Annual report of the Prince of Wales Medical College, Patna
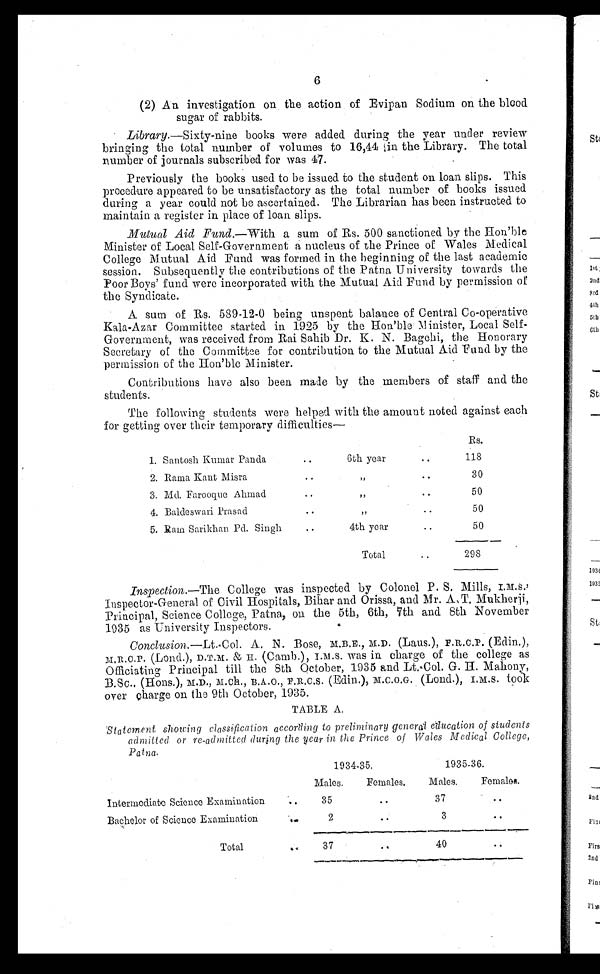
6
2
An investigation on the action of Evipan Sodium on the blood
sugar of rabbits.
Library. —Sixty-nine books were added during the year under review
bringing the total number of volumes to 16,44 in the Library. The total
number of journals subscribed for was 47.
Previously the books used to be issued to the student on loan slips. This
procedure appeared to be unsatisfactory as the total number of books issued
during a year could not be ascertained. The Librarian has been instructed to
maintain a register in place of loan slips.
Mutual Aid Fund. —With a sum of Rs. 500 sanctioned by the Hon'ble
Minister of Local Self-Government a nucleus of the Prince of -Wales Medical
College Mutual Aid Fund was formed in the beginning of the last academic
session. Subsequently the contributions of the Patna University towards the
Poor Boys' fund were incorporated with the Mutual Aid Fund by permission of
the Syndicate.
A sum of Rs. 539-12-0 being unspent balance of Central Co-operative
Kala-Azar Committee started in 1925 by the Hon'ble Minister, Local Self-
Government, was received from Rai Sahib Dr. K. N. Bagchi, the Honorary
Secretary of the Committee for contribution to the Mutual Aid Fund by the
permission of the Hon'ble Minister.
Contributions have also been made by the members of staff and the
students.
The following students were helped with the amount noted against each
for getting over their temporary difficulties
Rs.
1. Santosh Kumar Panda
6thyear
118
2. Rama Kant Misra
30
3. Md. Farooque Ahmad
50
4. Baldeswari Prasad
50
5. Ram Sarikhan Pd. Singh
4th year
50
Total
298
Inspection. —The College was inspected by Colonel P. S, Mills,
Inspector-General of Civil Hospitals, Bihar and Orissa, and Mr. A., T. Mukherji,
Principal, Science College, Patna, on. the 5th, 6th, 7th and 8th November
1935 as University Inspectors.
Conclusion. —Lt..Col. A. N. Bose, M.B.E., M.D. (Laus.), F.R.C.P. (Eclin.),
M.R.C.P. (Lond.),D.T.M. & (Carmb.), I.M.S.was in charge of the college as
Officiating Principal till the 8th October, 1935 and Lt, Col. G. H.Mahony,
B.Sc., (Hons.), M.D., M.ch., B.A.O. (Edin.), (Lond.), I.M.S. too
k o v e r c h a r g e o n t h e 9 t h O c t o b e r , 1 9 3 5 .
TABLE A.
Statement showing classification according to preliminary general education of students
admitted. or re-admitted during the year in the Prince of Wales Medical College,
Patna.
1934-35.
1935-36.
Males.
Females.
Males.
Females.
Intermediate Science Examination
35
37
Bachelor of Science Examination
2
3
Total
37
40